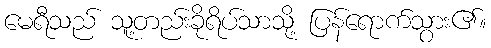
မေရီသည် သူ့တည်းခိုရိပ်သာသို့ ပြန်ရောက်သွား၏။